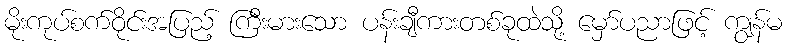
မိုးကုပ်စက်ဝိုင်းအပြည့် ကြီးမားသော ပန်းချီကားတစ်ခုထဲသို့ မှော်ပညာဖြင့် ကျွန်မ